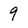
Character: 9